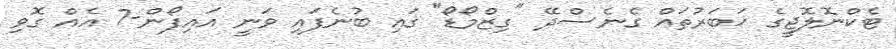
ޓެކްނޮލޮޖީގެ ޚަބަރުތައް ގެނެސްދޭ "ގިޒްމޯޑޯ" ގައި ބުނެފައި ވަނީ އައިފޯން-7 އެއް ގޮވި